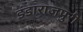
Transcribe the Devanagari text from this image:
डंडाराजपुरी